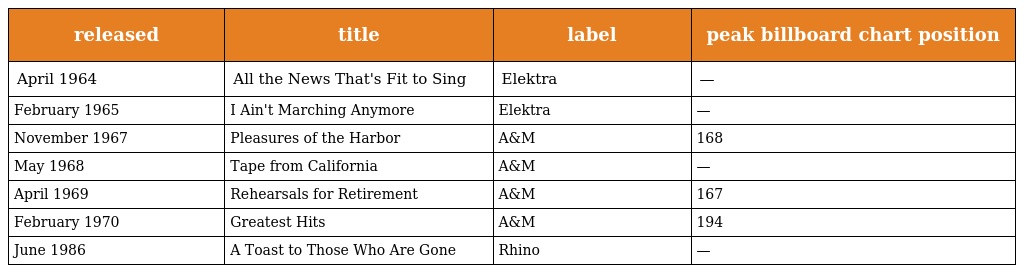
| released | title | label | peak billboard chart position |
 | --- | --- | --- | --- |
 | April 1964 | All the News That's Fit to Sing | Elektra | — |
 | February 1965 | I Ain't Marching Anymore | Elektra | — |
 | November 1967 | Pleasures of the Harbor | A&M | 168 |
 | May 1968 | Tape from California | A&M | — |
 | April 1969 | Rehearsals for Retirement | A&M | 167 |
 | February 1970 | Greatest Hits | A&M | 194 |
 | June 1986 | A Toast to Those Who Are Gone | Rhino | — |